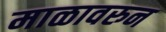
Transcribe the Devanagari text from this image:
माळावरुन